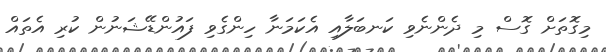
މިގޮތަށް ގޮސް މި ދެންނެވި ކަނބަލާއި އެކަމަނާ ހިންގެވި ފައުންޑޭޝަނުން ކުރި އެތައް